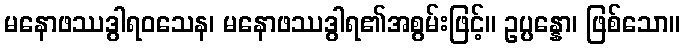
မနောဖဿဒွါရဝသေန၊ မနောဖဿဒွါရ၏အစွမ်းဖြင့်။ ဥပ္ပန္နော၊ ဖြစ်သော။